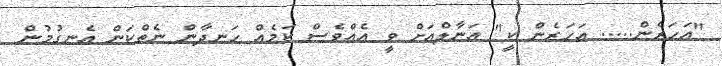
"އަހަރެން..... އަހަރެން ކީ" އަނާލްއަށް ވީ އެއްވެސް ކަމެއް ހަނދާން ނެތްކަން އެނގުމުން